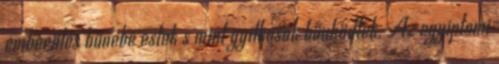
emberölés bűnébe estek s mint gyilkosok bűnhödtek. Az egyiptomi